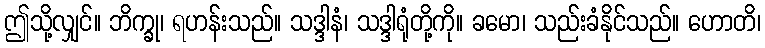
ဤသို့လျှင်။ ဘိက္ခု၊ ရဟန်းသည်။ သဒ္ဒါနံ၊ သဒ္ဒါရုံတို့ကို။ ခမော၊ သည်းခံနိုင်သည်။ ဟောတိ၊